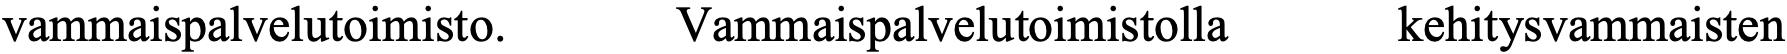
vammaispalvelutoimisto. Vammaispalvelutoimistolla kehitysvammaisten